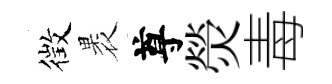
徴褁尊熒毒